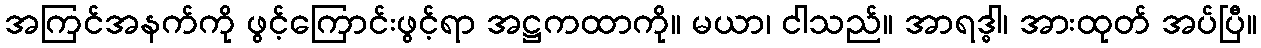
အကြင်အနက်ကို ဖွင့်ကြောင်းဖွင့်ရာ အဋ္ဌကထာကို။ မယာ၊ ငါသည်။ အာရဒ္ဓါ၊ အားထုတ် အပ်ပြီ။